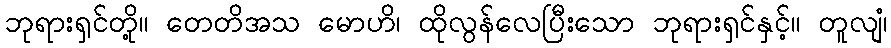
ဘုရားရှင်တို့။ တေတိအသ မောဟိ၊ ထိုလွန်လေပြီးသော ဘုရားရှင်နှင့်။ တူလျံ၊